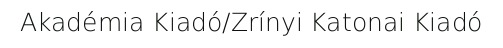
Akadémia Kiadó/Zrínyi Katonai Kiadó